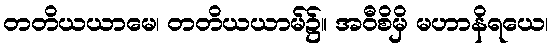
တတိယယာမေ၊ တတိယယာမ်၌။ အဝီစိမှိ မဟာနိရယေ၊